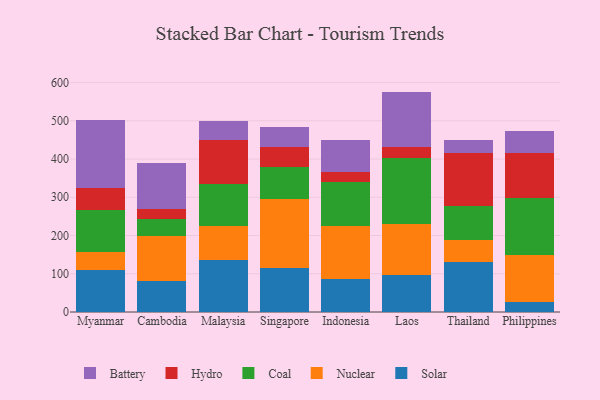
{"axis": {"x": "Country", "y": "Population (Million)"}, "legend": ["Battery", "Coal", "Hydro", "Nuclear", "Solar"], "data": [{"x": "Myanmar", "y": 109.4, "type": "Solar"}, {"x": "Myanmar", "y": 47.5, "type": "Nuclear"}, {"x": "Myanmar", "y": 109.9, "type": "Coal"}, {"x": "Myanmar", "y": 57.0, "type": "Hydro"}, {"x": "Myanmar", "y": 179.1, "type": "Battery"}, {"x": "Cambodia", "y": 81.4, "type": "Solar"}, {"x": "Cambodia", "y": 117.5, "type": "Nuclear"}, {"x": "Cambodia", "y": 44.5, "type": "Coal"}, {"x": "Cambodia", "y": 25.8, "type": "Hydro"}, {"x": "Cambodia", "y": 119.5, "type": "Battery"}, {"x": "Malaysia", "y": 135.2, "type": "Solar"}, {"x": "Malaysia", "y": 88.6, "type": "Nuclear"}, {"x": "Malaysia", "y": 111.8, "type": "Coal"}, {"x": "Malaysia", "y": 114.2, "type": "Hydro"}, {"x": "Malaysia", "y": 49.3, "type": "Battery"}, {"x": "Singapore", "y": 115.6, "type": "Solar"}, {"x": "Singapore", "y": 178.7, "type": "Nuclear"}, {"x": "Singapore", "y": 84.9, "type": "Coal"}, {"x": "Singapore", "y": 52.8, "type": "Hydro"}, {"x": "Singapore", "y": 51.0, "type": "Battery"}, {"x": "Indonesia", "y": 86.5, "type": "Solar"}, {"x": "Indonesia", "y": 139.3, "type": "Nuclear"}, {"x": "Indonesia", "y": 113.1, "type": "Coal"}, {"x": "Indonesia", "y": 26.1, "type": "Hydro"}, {"x": "Indonesia", "y": 84.1, "type": "Battery"}, {"x": "Laos", "y": 96.9, "type": "Solar"}, {"x": "Laos", "y": 133.0, "type": "Nuclear"}, {"x": "Laos", "y": 172.5, "type": "Coal"}, {"x": "Laos", "y": 29.1, "type": "Hydro"}, {"x": "Laos", "y": 144.8, "type": "Battery"}, {"x": "Thailand", "y": 131.2, "type": "Solar"}, {"x": "Thailand", "y": 57.7, "type": "Nuclear"}, {"x": "Thailand", "y": 88.0, "type": "Coal"}, {"x": "Thailand", "y": 140.1, "type": "Hydro"}, {"x": "Thailand", "y": 32.1, "type": "Battery"}, {"x": "Philippines", "y": 25.9, "type": "Solar"}, {"x": "Philippines", "y": 123.6, "type": "Nuclear"}, {"x": "Philippines", "y": 148.4, "type": "Coal"}, {"x": "Philippines", "y": 117.2, "type": "Hydro"}, {"x": "Philippines", "y": 56.9, "type": "Battery"}]}